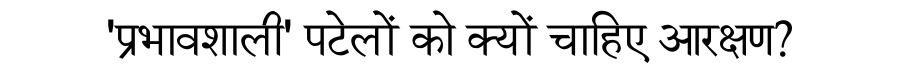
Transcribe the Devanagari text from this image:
'प्रभावशाली' पटेलों को क्यों चाहिए आरक्षण?